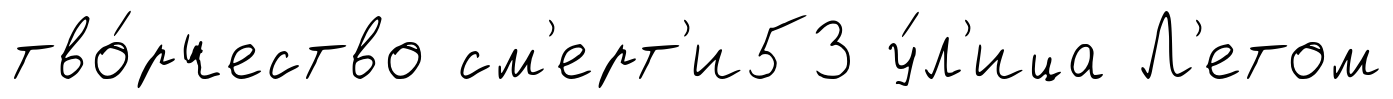
тво́рчество см'ерт'и53 у́л'ица Л'етом